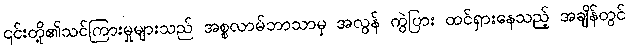
၎င်းတို့၏သင်ကြားမှုများသည် အစ္စလာမ်ဘာသာမှ အလွန် ကွဲပြား ထင်ရှားနေသည့် အချိန်တွင်